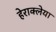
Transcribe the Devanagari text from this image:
हेराक्लेया